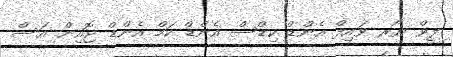
ލީވް ޔޯރ ވައިފް އެންޑް ކިޑްސް އެންޑް ކަމް އެންޑް ޖޮއިން އަސް